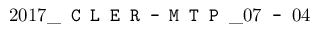
2 0 1 7 \_ \texttt { C L E R - M T P } \_ 0 7 \texttt { - } 0 4